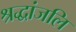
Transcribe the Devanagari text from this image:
श्रद्धांजलि